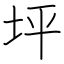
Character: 坪